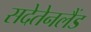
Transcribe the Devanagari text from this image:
सदेतेनलैंड